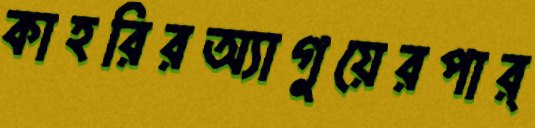
কাহরিরঅ্যাগুয়েরপার্